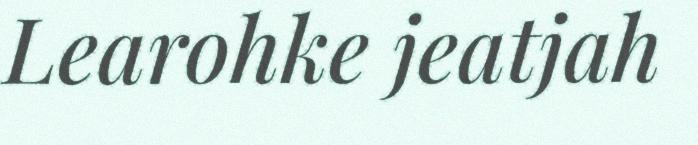
Learohke jeatjah